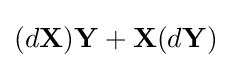
(d\mathbf {X} )\mathbf {Y} +\mathbf {X} (d\mathbf {Y} )